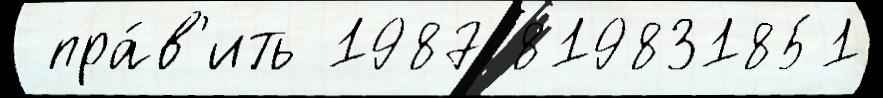
 пра́в'ить 1987 819831851